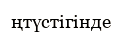
ңтүстігінде